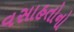
વસાહતોનો